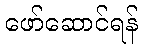
ဖော်ဆောင်ရန်